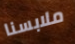
ملابسنا